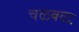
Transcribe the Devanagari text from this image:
चळवळः